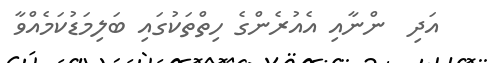
އަދި  ންނާއި އެއުރެންގެ ހިތްތަކުގައި ބަލިމަޑުކަމެއްވާ